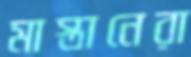
মাস্তানেরা